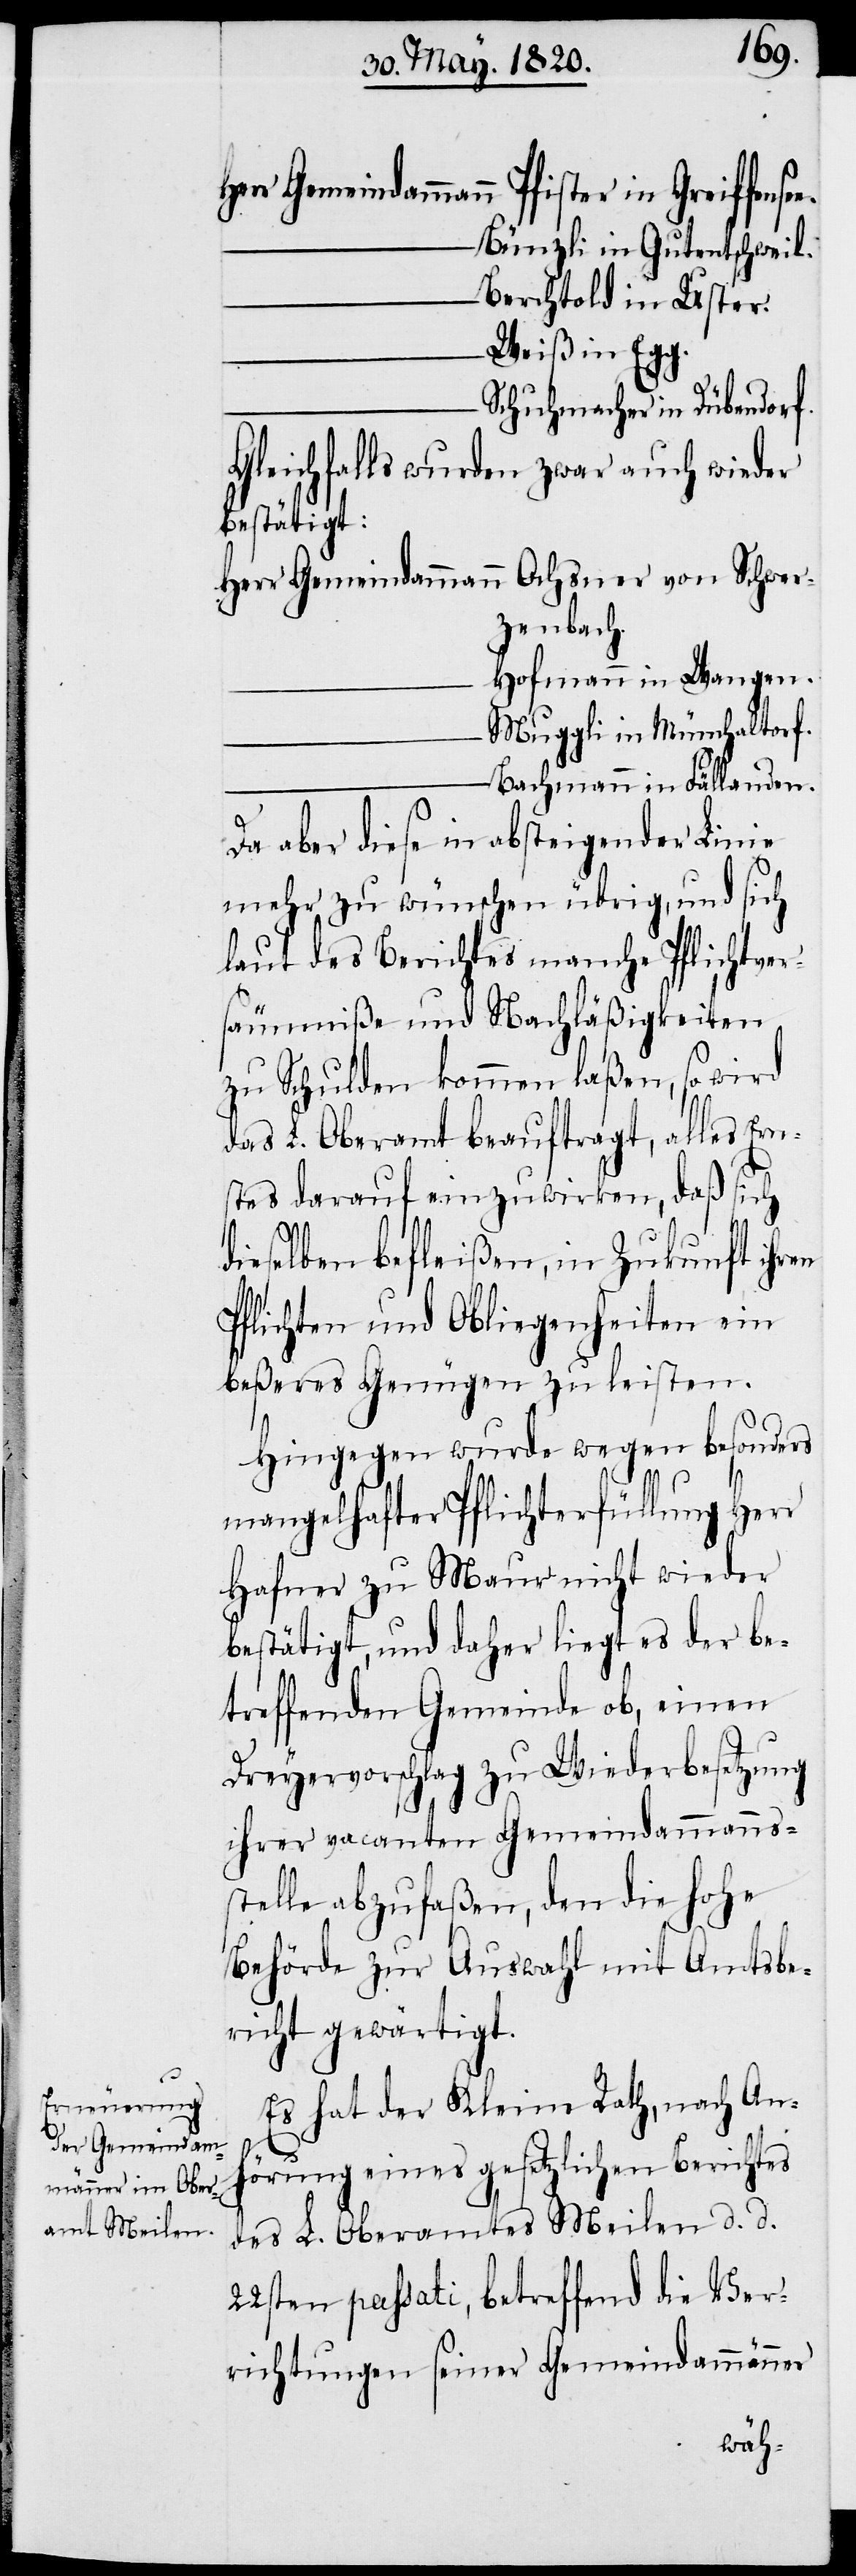
e.
Herr Gemeindammann	Pfister in Greiffense¬
Bünzli in Gutentschweil.
Berchtold in Uster.
Weiß in Egg.
Schuhmacher in Dübendorf.
Gleichfalls wurden zwar auch wieder
bestätigt:
Herr Gemeindammann	Ochsner von Schwer¬
zenbach.
Hoffmann in Wangen.
Muggli in Mönchaltorf.
Bachmann in Fällanden.
Da aber diese in absteigender Linie
mehr zu wünschen übrig, und sich
laut des Berichtes manche Pflichtver¬
säumniße und Nachläßigkeiten
zu Schulden kommen laßen, so wird
das L. Oberamt beauftragt, alles Er¬
stes darauf einzuwirken, daß sich
dieselben befleißen, in Zukunft ihren
Pflichten und Obliegenheiten ein
beßeres Genügen zu leisten.
Hingegen wurde wegen besonders
mangelhafter Pflichterfüllung Herr
Hafner zu Maur nicht wieder
bestätigt, und daher liegt es der be¬
treffenden Gemeinde ob, einen
Dreyervorschlag zu Wiederbesetzung
ihrer vacanten Gemeindammannss¬
telle abzufaßen, den die hohe
Behörde zur Auswahl mit Amtsbe¬
richt gewärtigt.
Es hat der Kleine Rath, nach Anh¬
örung eines gesetzlichen Berichtes
des L. Oberamtes Meilen d. d.
22sten passati, betreffend die Ver¬
richtungen seiner Gemeindammänner